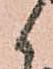
候